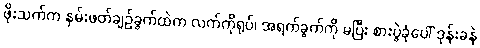
ဖိုးသက်က နှမ်းဖတ်ချဉ်ခွက်ထဲက လက်ကိုရုပ်၊ အရက်ခွက်ကို မပြီး စားပွဲခုံပေါ် ဒုန်းခနဲ